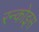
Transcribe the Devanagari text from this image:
रन्कोइस